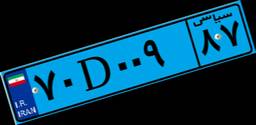
۸۷D۵۷۱۳۴